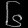
Digit: ၆